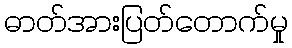
ဓာတ်အားပြတ်တောက်မှု